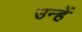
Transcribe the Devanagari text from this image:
उन्हें